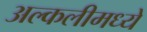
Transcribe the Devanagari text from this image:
अल्कलीमध्ये